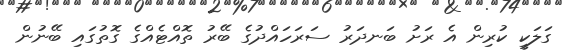
ގަލަކީ ކުރިން އެ ރަށު ބަނދަރު ސަރަހައްދުގެ ބޭރު ތޮއްޓެއްގެ ގޮތުގައި ބޭނުން